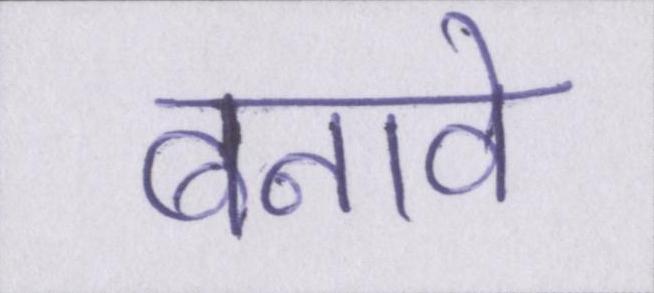
बनावे